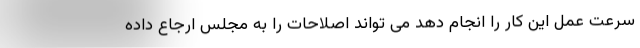
سرعت عمل این کار را انجام دهد می تواند اصلاحات را به مجلس ارجاع داده